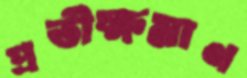
প্রতীক্ষমাণ